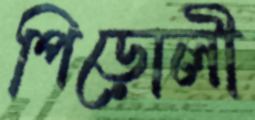
পিড়োলী